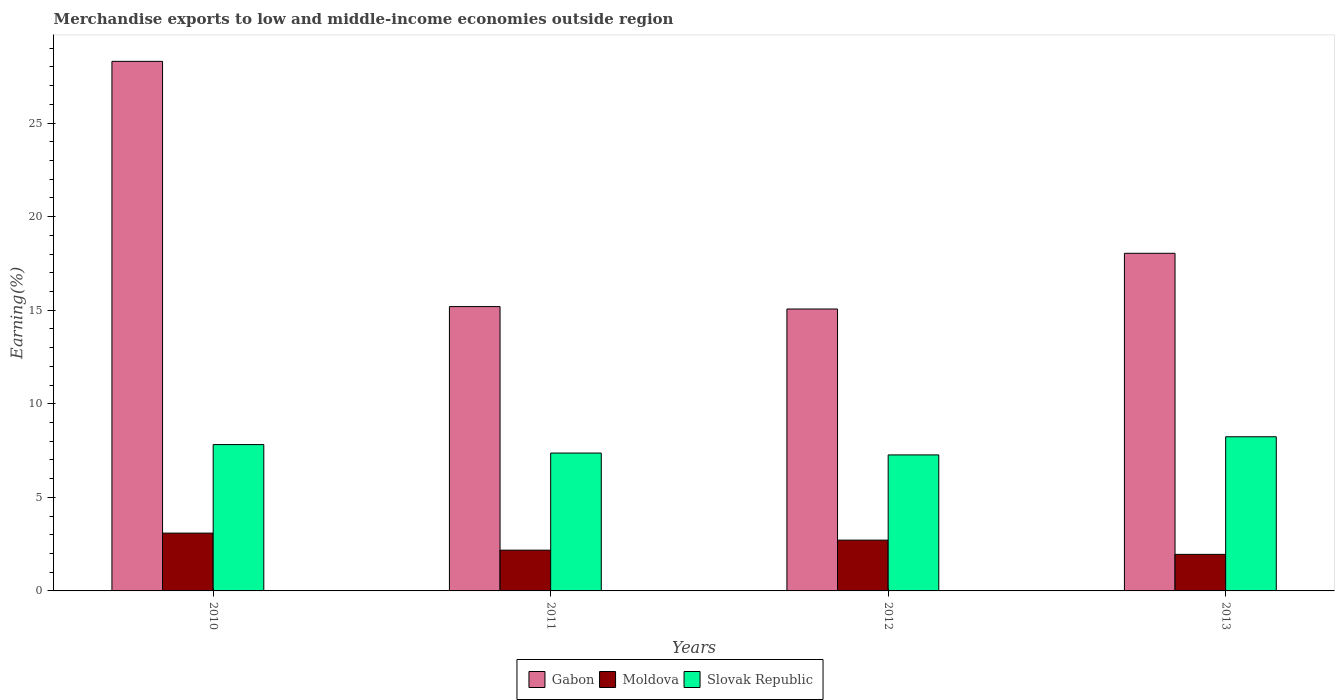
| Years | Gabon | Moldova | Slovak Republic |
 | --- | --- | --- | --- |
 | 2010 | 28.3 | 3.09 | 7.82 |
 | 2011 | 15.2 | 2.18 | 7.37 |
 | 2012 | 15.1 | 2.71 | 7.27 |
 | 2013 | 18 | 1.95 | 8.24 |